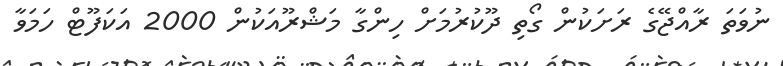
ނުވަތަ ރާއްޖޭގެ ރަށަކުން ގޯތި ދޫކުރުމަށް ހިންގާ މަޝްރޫއަކުން 2000 އަކަފޫޓް ހަމަވާ